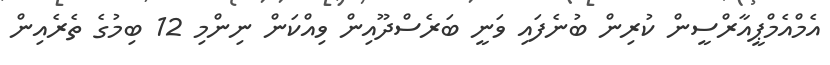
އެމްއެމްޕީއާރްސީން ކުރިން ބުނެފައި ވަނީ ބަރެސްދޫއިން ވިއްކަން ނިންމި 12 ބިމުގެ ތެރެއިން